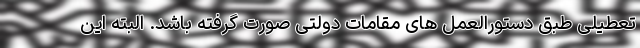
تعطیلی طبق دستورالعمل های مقامات دولتی صورت گرفته باشد. البته این